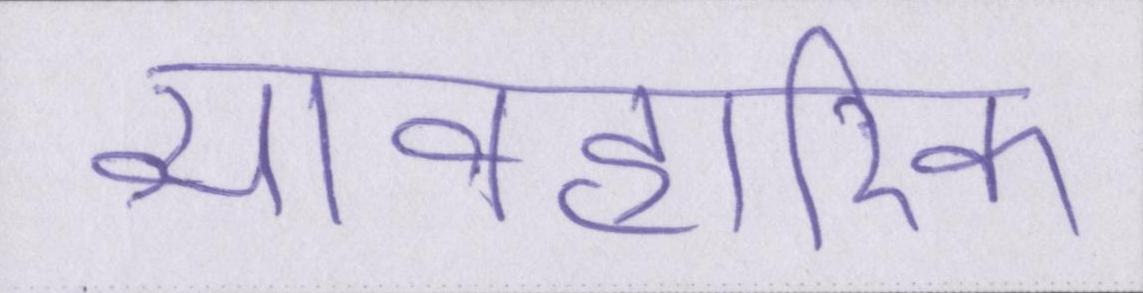
व्यावहारिक